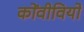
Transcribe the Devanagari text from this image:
कोंवीवियो